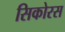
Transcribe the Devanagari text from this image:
सिकोरस